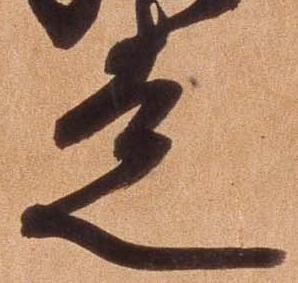
走